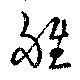
雊